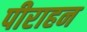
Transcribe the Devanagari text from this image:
पीराहन